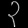
Digit: ၃